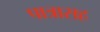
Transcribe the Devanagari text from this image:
पात्रासह